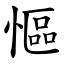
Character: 慪